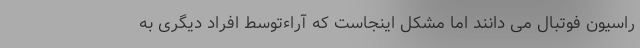
راسیون فوتبال می دانند اما مشکل اینجاست که آراءتوسط افراد دیگری به